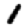
Digit: 1